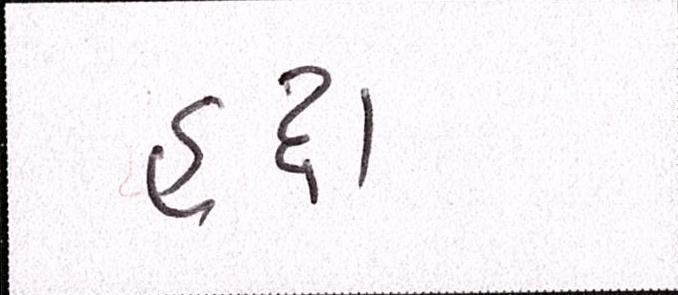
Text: હૃદા